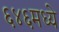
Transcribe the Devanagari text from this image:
६४६मध्ये